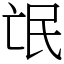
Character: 氓